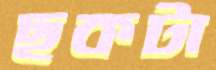
ছকটা